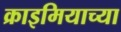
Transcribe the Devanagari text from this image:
क्राइमियाच्या